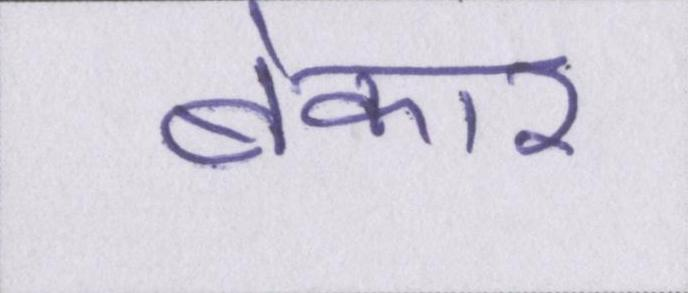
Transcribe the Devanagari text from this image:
बेकार